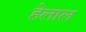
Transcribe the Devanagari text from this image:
हेलाल